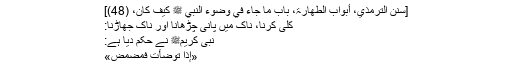
‘‘
[سنن الترمذي، أبواب الطھارۃ، باب ما جاء في وضوء النبي ﷺ کیف کان، (48)]
کلی کرنا، ناک میں پانی چڑھانا اور ناک جھاڑنا:
نبی کریمﷺ نے حکم دیا ہے:
«إِذَا تَوَضَّأْتَ فَمَضْمِضْ»
’’جب تو وضو کرے تو کلی کر۔